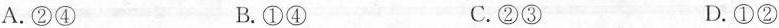
A.②④ B.①④ C.②③ D.①②